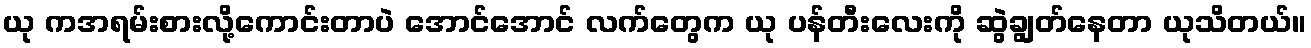
ယု ကအရမ်းစားလို့ကောင်းတာပဲ အောင်အောင် လက်တွေက ယု ပန်တီးလေးကို ဆွဲချွတ်နေတာ ယုသိတယ်။